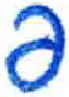
אות: פ